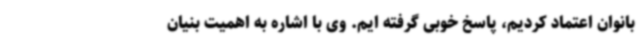
بانوان اعتماد کردیم، پاسخ خوبی گرفته ایم. وی با اشاره به اهمیت بنیان